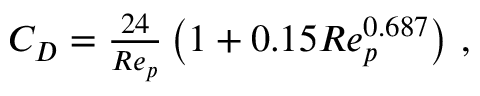
\begin{array} { r } { C _ { D } = \frac { 2 4 } { R e _ { p } } \left( 1 + 0 . 1 5 R e _ { p } ^ { 0 . 6 8 7 } \right) \, , } \end{array}